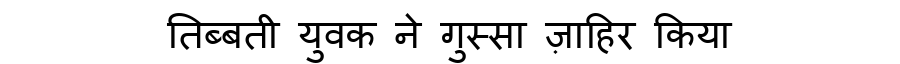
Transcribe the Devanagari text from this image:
तिब्बती युवक ने गुस्सा ज़ाहिर किया